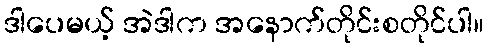
ဒါပေမယ့် အဲဒါက အနောက်တိုင်းစတိုင်ပါ။